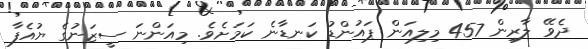
ދެވޭ ލާރިން 457 މިލިއަން ޕައުންޑު ކަނޑާނެ ކަމަށެވެ. މިއަންނަ ސީޒަނުގެ ޔުއެފާ